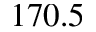
1 7 0 . 5